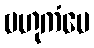
ဗဟုကံပေ